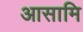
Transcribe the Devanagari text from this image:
आसामि